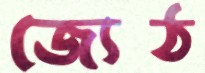
জ্যেঠ